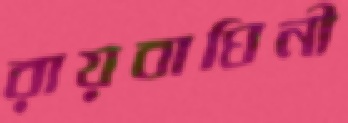
রায়বাঘিনী